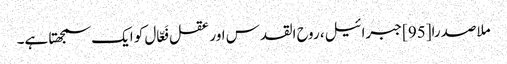
ملاصدرا[95] جبرائیل، روح القدس اور عقل فَعّال کو ایک سمجھتا ہے۔